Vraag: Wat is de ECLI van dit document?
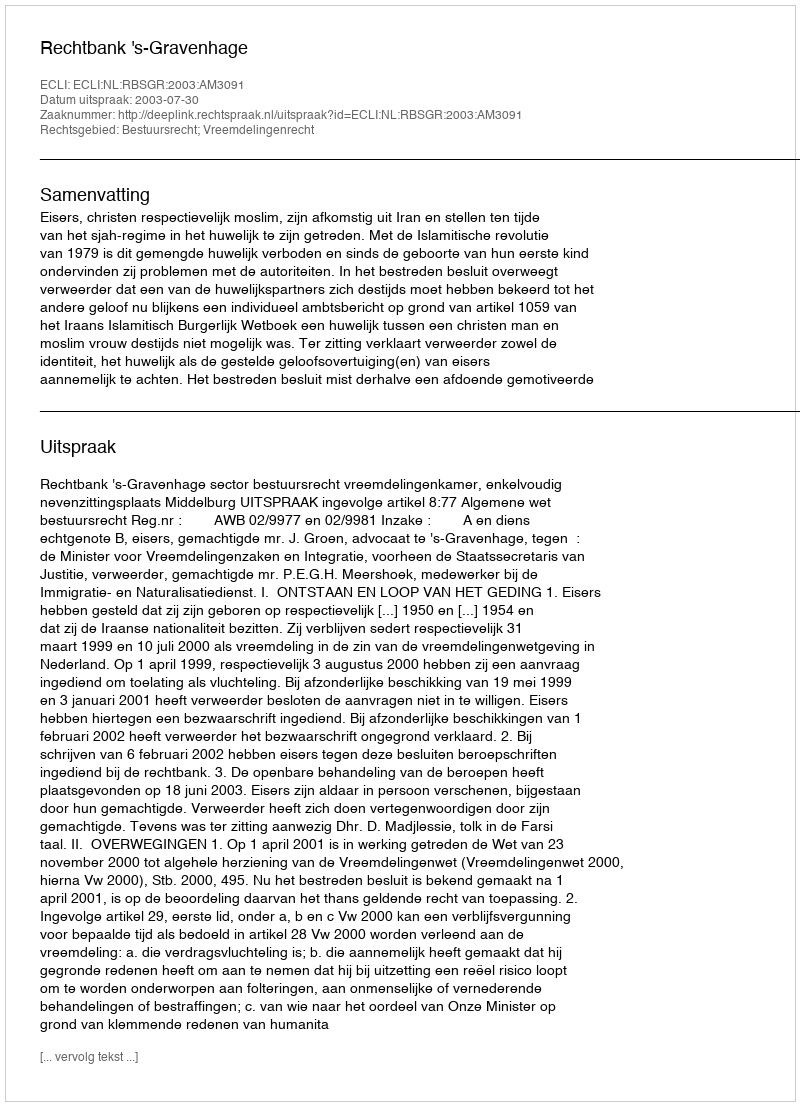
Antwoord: ECLI:NL:RBSGR:2003:AM3091